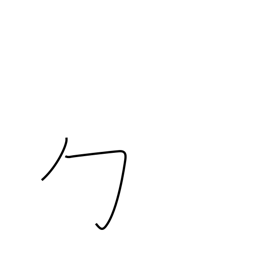
Meaning: wrapping radical (no. 20)